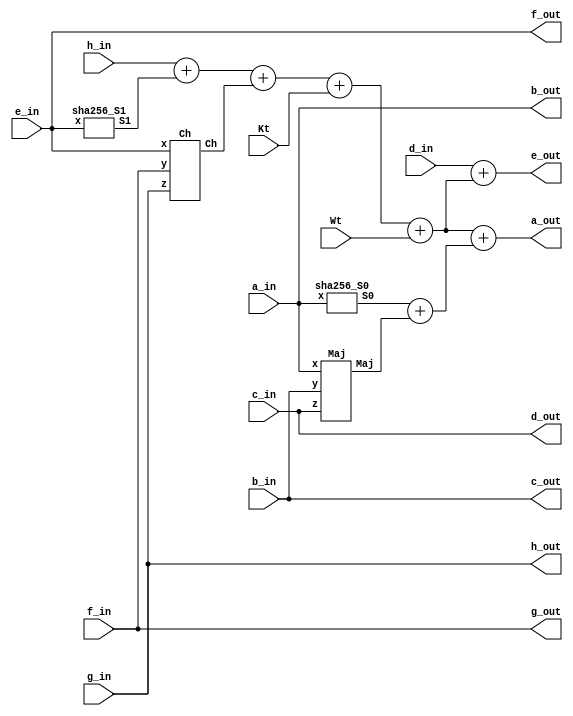
// round compression function
module sha256_round (
    input [31:0] Kt, Wt,
    input [31:0] a_in, b_in, c_in, d_in, e_in, f_in, g_in, h_in,
    output [31:0] a_out, b_out, c_out, d_out, e_out, f_out, g_out, h_out
);
    wire [31:0] ch, maj_abc, s0, s1, t1, t2;
    Ch Ch0(.x(e_in), .y(f_in), .z(g_in), .Ch(ch));
    Maj Maj0(.x(a_in), .y(b_in), .z(c_in), .Maj(maj_abc));
    sha256_S0 s0_a(.x(a_in), .S0(s0));
    sha256_S1 s1_e(.x(e_in), .S1(s1));
    assign t1 = h_in + s1 + ch + Kt + Wt;
    assign t2 = s0 + maj_abc;
    assign a_out = t1 + t2;
    assign b_out = a_in;
    assign c_out = b_in;
    assign d_out = c_in;
    assign e_out = d_in + t1;
    assign f_out = e_in;
    assign g_out = f_in;
    assign h_out = g_in;
endmodule

// (x)
module sha256_S0 (
    input wire [31:0] x,
    output wire [31:0] S0
);
    assign S0 = ({x[1:0], x[31:2]} ^ {x[12:0], x[31:13]} ^ {x[21:0], x[31:22]});
endmodule

// (x)
module sha256_S1 (
    input wire [31:0] x,
    output wire [31:0] S1
);
    assign S1 = ({x[5:0], x[31:6]} ^ {x[10:0], x[31:11]} ^ {x[24:0], x[31:25]});
endmodule

// Ch(x,y,z)
module Ch (
    input wire [31:0] x, y, z,
    output wire [31:0] Ch
);
    assign Ch = ((x & y) ^ (~x & z));
endmodule

// Maj(x,y,z)
module Maj (
    input wire [31:0] x, y, z,
    output wire [31:0] Maj
);
    assign Maj = ((x & y) ^ (y & z) ^ (z & x));
endmodule